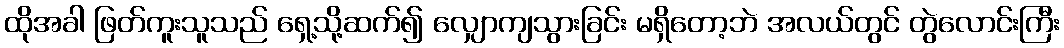
ထိုအခါ ဖြတ်ကူးသူသည် ရှေ့သို့ဆက်၍ လျှောကျသွားခြင်း မရှိတော့ဘဲ အလယ်တွင် တွဲလောင်းကြီး